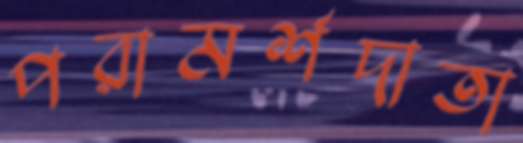
পরামর্শদাতা